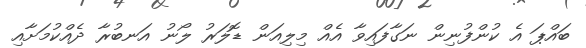
ބައްޕަ އެ ކުންފުނިން ނަގާފައިވާ އެއް މިލިއަން ޑޮލަރު ލޯނު އަނބުރާ ދެއްކުމަށާއި